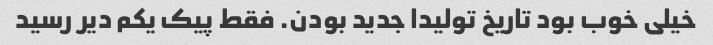
خیلی خوب بود تاریخ تولیدا جدید بودن. فقط پیک یکم دیر رسید